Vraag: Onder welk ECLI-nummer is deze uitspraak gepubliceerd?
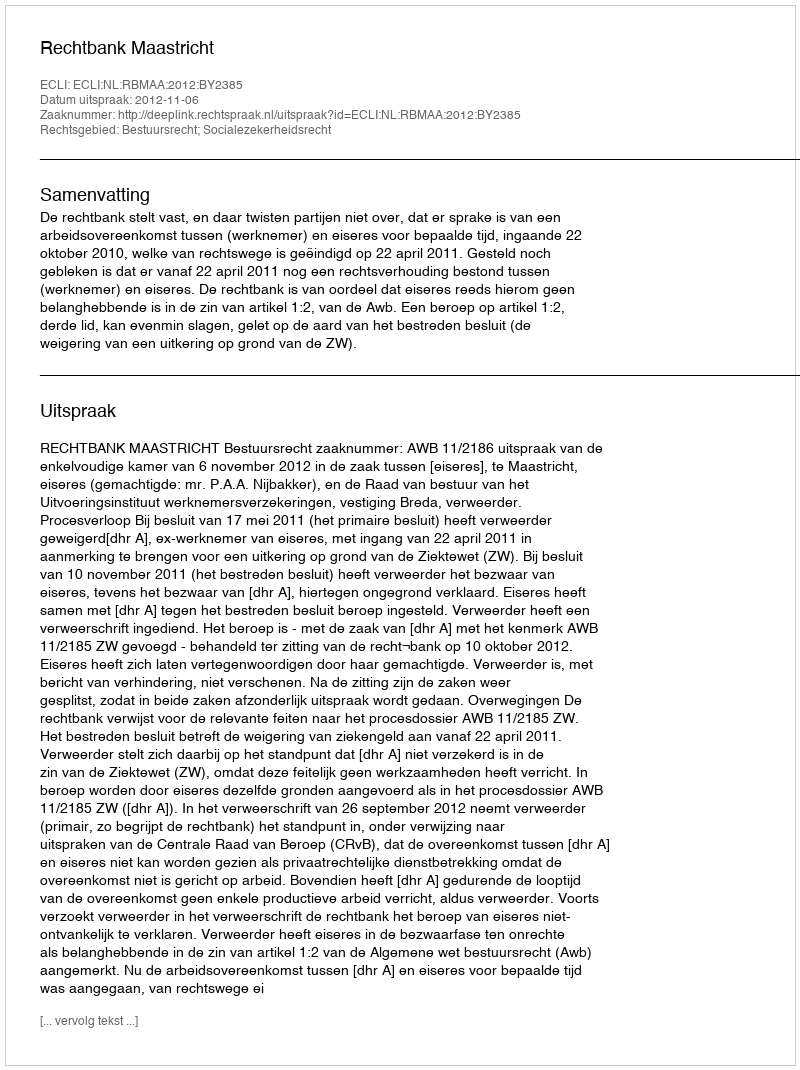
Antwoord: ECLI:NL:RBMAA:2012:BY2385